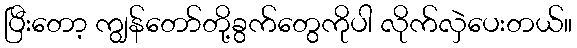
ပြီးတော့ ကျွန်တော်တို့ခွက်တွေကိုပါ လိုက်လှဲပေးတယ်။